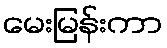
မေးမြန်းကာ